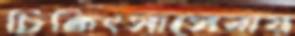
চিকিৎসাসেবায়